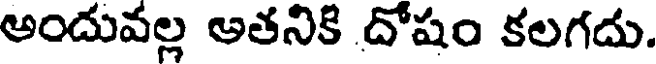
అందువల్ల అతనికి దోషం కలగదు.